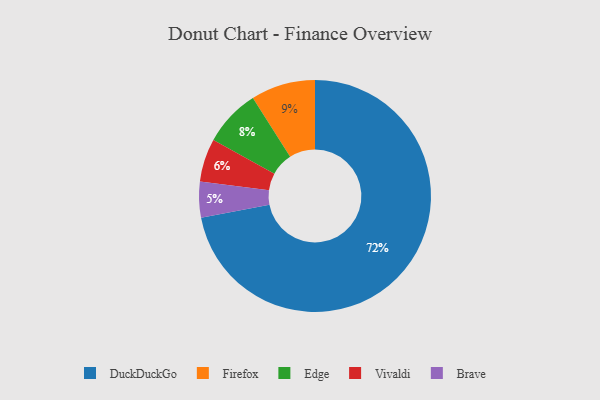
{"axis": {"x": "Category", "y": "Percentage"}, "legend": ["Brave", "DuckDuckGo", "Edge", "Firefox", "Vivaldi"], "data": [{"x": "Brave", "y": 5, "type": "Brave"}, {"x": "DuckDuckGo", "y": 72, "type": "DuckDuckGo"}, {"x": "Firefox", "y": 9, "type": "Firefox"}, {"x": "Edge", "y": 8, "type": "Edge"}, {"x": "Vivaldi", "y": 6, "type": "Vivaldi"}]}